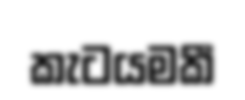
කැටයමකී